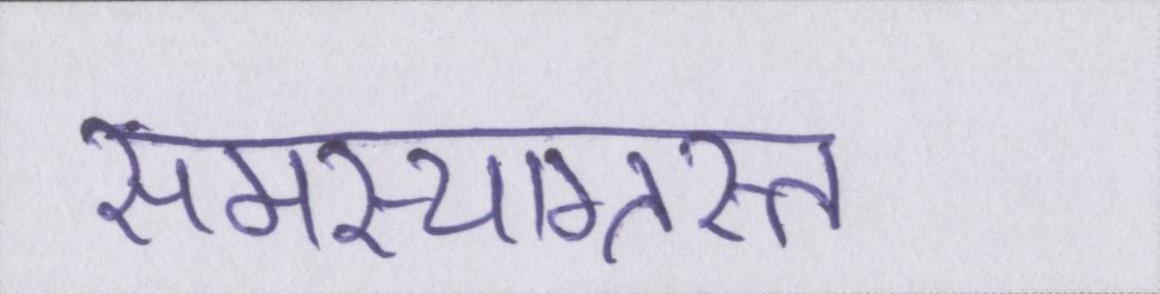
समस्याग्रस्त